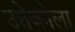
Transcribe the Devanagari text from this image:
उत्तेजनेला